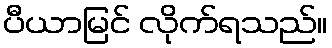
ပီယာမြင် လိုက်ရသည်။